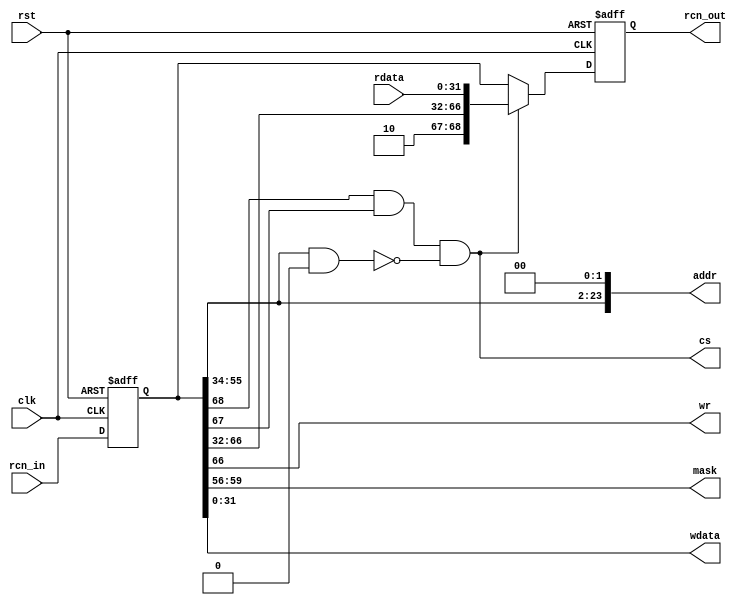
/* SPDX-License-Identifier: MIT */
/* (c) Copyright 2018 David M. Koltak, all rights reserved. */

/*
 * rcn bus slave interface - zero cycle read delay (aka "fast")
 *
 */

module rcn_slave_fast
(
    input rst,
    input clk,

    input [68:0] rcn_in,
    output [68:0] rcn_out,

    output cs,
    output wr,
    output [3:0] mask,
    output [23:0] addr,
    output [31:0] wdata,
    input [31:0] rdata
);
    parameter ADDR_MASK = 0;
    parameter ADDR_BASE = 1;

    reg [68:0] rin;
    reg [68:0] rout;

    assign rcn_out = rout;

    wire [23:0] my_mask = ADDR_MASK;
    wire [23:0] my_base = ADDR_BASE;

    wire my_req = rin[68] && rin[67] && ((rin[55:34] & my_mask[23:2]) == my_base[23:2]);

    wire [68:0] my_resp;

    always @ (posedge clk or posedge rst)
        if (rst)
        begin
            rin <= 68'd0;
            rout <= 68'd0;
        end
        else
        begin
            rin <= rcn_in;
            rout <= (my_req) ? my_resp : rin;
        end

    assign cs = my_req;
    assign wr = rin[66];
    assign mask = rin[59:56];
    assign addr = {rin[55:34], 2'd0};
    assign wdata = rin[31:0];

    assign my_resp = {1'b1, 1'b0, rin[66:32], rdata};

endmodule